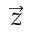
\vec { z }